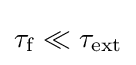
\tau _{\mathrm {f} }\ll \tau _{\text{ext}}